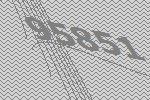
95851